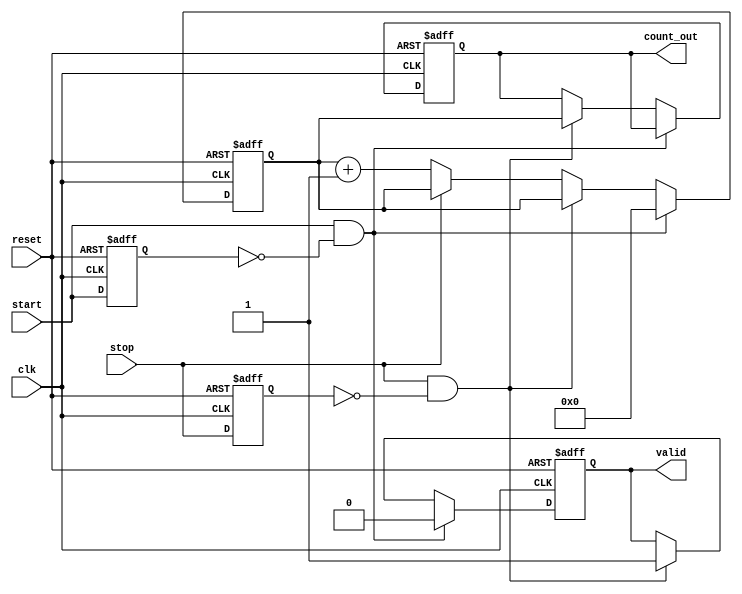
module tdc (
    input wire clk,        // High-speed clock input
    input wire start,      // Start signal for timing
    input wire stop,       // Stop signal for timing
    input wire reset,      // Reset signal to initialize TDC
    output reg [31:0] count_out, // Output to hold the measured count value
    output reg valid       // Signal to indicate valid output
);

    reg [31:0] counter;    // 32-bit counter for counting clock cycles
    reg start_d;           // Delayed start signal for edge detection
    reg stop_d;            // Delayed stop signal for edge detection

    // Edge detection for the start signal
    always @(posedge clk or posedge reset) begin
        if (reset) begin
            start_d <= 1'b0;
        end else begin
            start_d <= start;
        end
    end

    // Edge detection for the stop signal
    always @(posedge clk or posedge reset) begin
        if (reset) begin
            stop_d <= 1'b0;
        end else begin
            stop_d <= stop;
        end
    end

    // Main TDC operation
    always @(posedge clk or posedge reset) begin
        if (reset) begin
            counter <= 32'b0;   // Reset counter
            count_out <= 32'b0; // Clear output count
            valid <= 1'b0;      // Reset valid output
        end else if (start && !start_d) begin
            counter <= 32'b0;   // Start counting when start signal rises
            valid <= 1'b0;      // Invalidate output on new measurement
        end else if (stop && !stop_d) begin
            count_out <= counter; // Latch counter value on stop signal
            valid <= 1'b1;      // Signal that the output is valid
        end else if (!stop) begin
            counter <= counter + 1; // Increment counter while running
        end
    end

endmodule